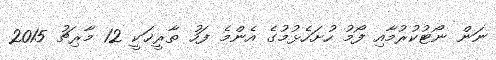
ނަން ނޯޓުކުރުމާއި ފޯމު ހުށަހެޅުމުގެ އެންމެ ފަހު ތާރީޚަކީ 12 މާރިޗު 2015